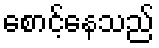
စောင့်နေသည်